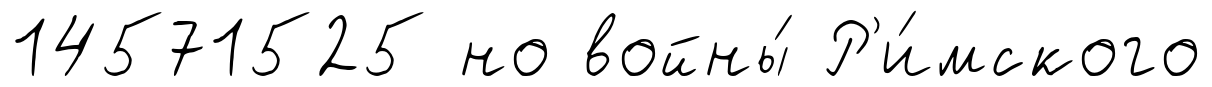
14571525 но войны́ Р'и́мского